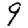
Digit: 9